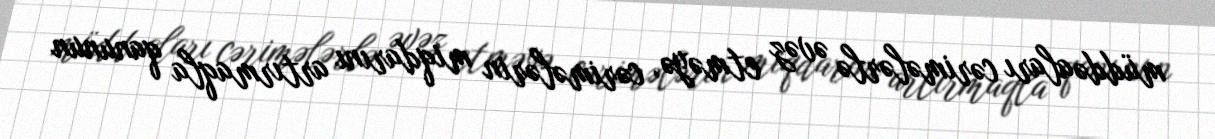
müddəaları cərimələrlə əvəz etməyə, cərimələrin miqdarını artırmaqla qanunun